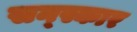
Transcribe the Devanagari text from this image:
सन्स्कार